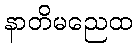
နာတိမညေထ